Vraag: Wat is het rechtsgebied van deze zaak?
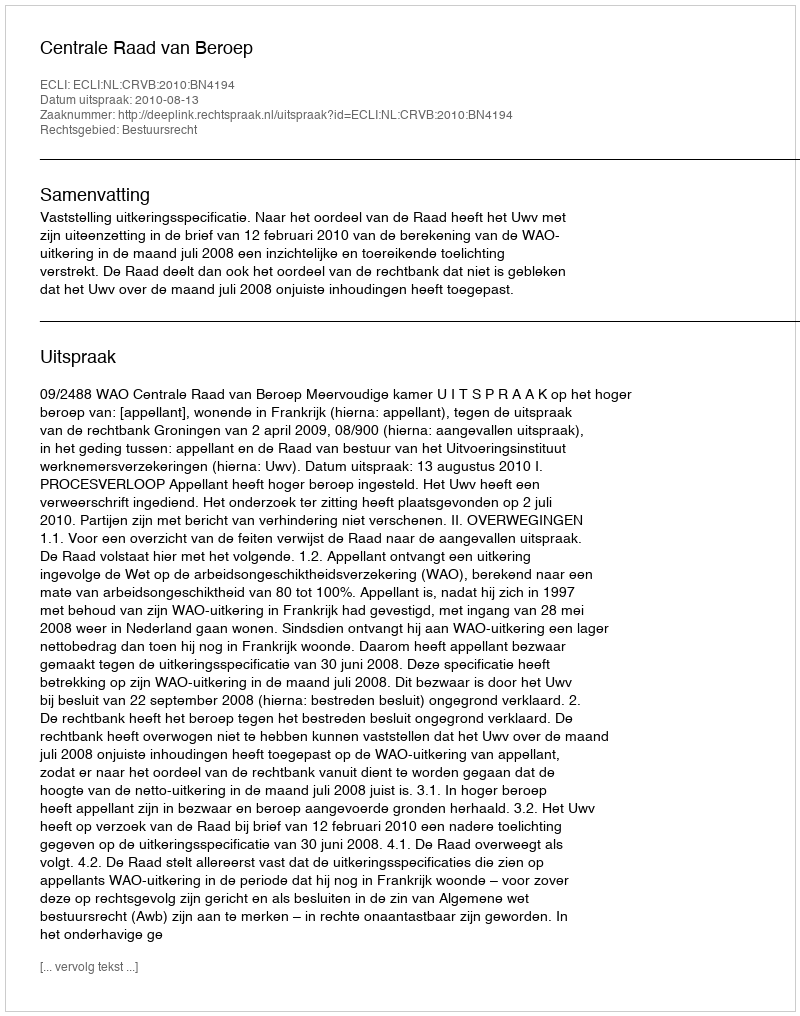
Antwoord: Bestuursrecht